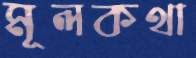
মূলকথা